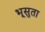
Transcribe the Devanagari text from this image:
भूसुता